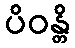
ပိဝန္တိ